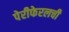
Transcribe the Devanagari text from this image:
पेरीफेरलची